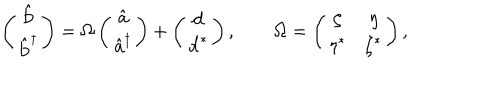
\left( \begin{array} { c } { { \hat { { \bf b } } } } \\ { { \hat { { \bf b } } ^ { \dagger } } } \\ \end{array} \right) = \Omega \left( \begin{array} { c } { { \hat { { \bf a } } } } \\ { { \hat { { \bf a } } ^ { \dagger } } } \\ \end{array} \right) + \left( \begin{array} { c } { { { \bf d } } } \\ { { { \bf d } ^ { * } } } \\ \end{array} \right) , \qquad \Omega = \left( \begin{array} { c c } { { \zeta } } & { { \eta } } \\ { { \eta ^ { * } } } & { { \zeta ^ { * } } } \\ \end{array} \right) ,